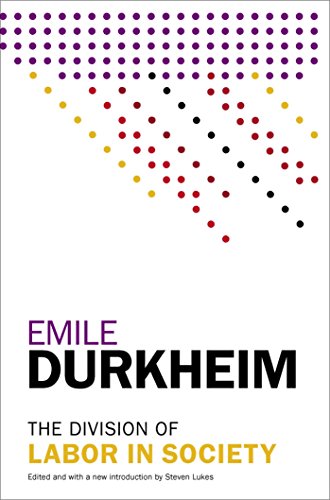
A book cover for The Division of Labor in Society; Emile Durkheim; Politics & Social Sciences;